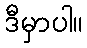
ဒီမှာပါ။